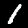
Label: 1